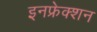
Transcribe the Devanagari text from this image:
इनफ्रेक्शन